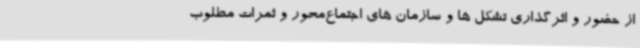
از حضور و اثرگذاری تشکل ها و سازمان های اجتماع‌محور و ثمرات مطلوب